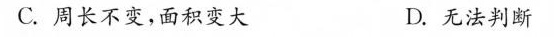
C. 周长不变，面积变大 D. 无法判断